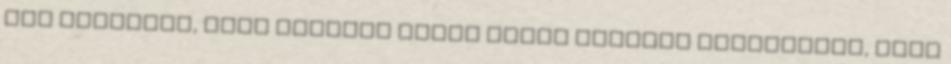
nem gondolod, hogy létezne olyan JELZŐ NÉLKÜLI DEMOKRÁCIA, ahol